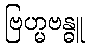
ဗြဟ္မဗန္ဓူ